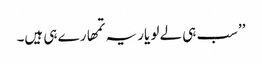
’’سب ہی لے لو یار یہ تمھارے ہی ہیں۔